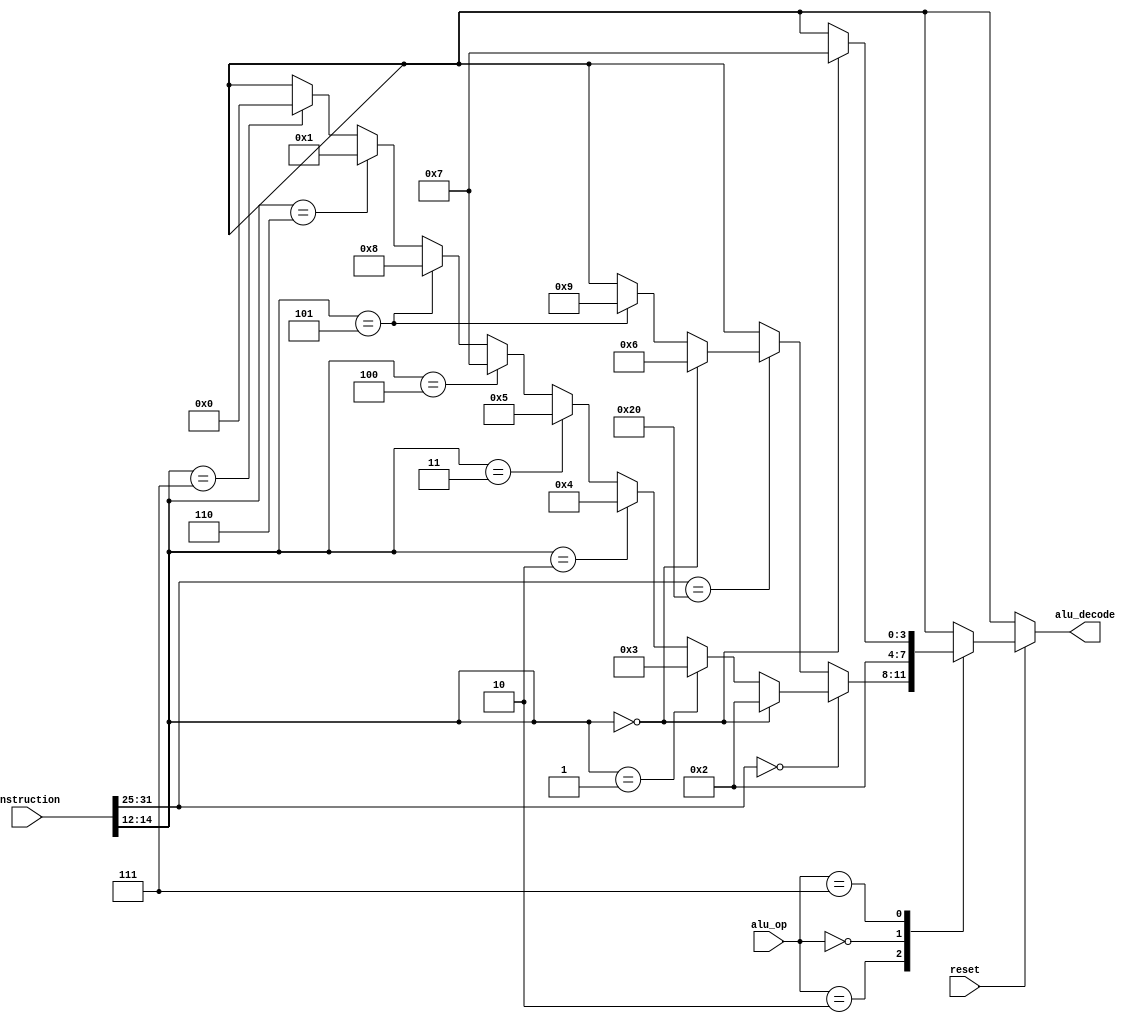
`timescale 1ns / 1ps
//////////////////////////////////////////////////////////////////////////////////
// Company: 
// Engineer: 
// 
// Design Name: 
// Module Name:    alu_control 
// Project Name: 
// Target Devices: 
// Tool versions: 
// Description: 
//
// Dependencies: 
//
// Revision: 
// Revision 0.01 - File Created
// Additional Comments: 
//
//////////////////////////////////////////////////////////////////////////////////
// Generated by MyHDL 0.11


`timescale 1ns/10ps

module alu_control (
    reset,
    instruction,
    alu_op,
    alu_decode
);

input reset;
input [31:0] instruction;
input [3:0] alu_op;
output [3:0] alu_decode;
reg [3:0] alu_decode1;




always @(instruction,reset,alu_op) begin: ALU_CONTROL_ALUCONT
    if ((reset == 1)) begin
        case (alu_op)
            'h2: begin
                if ((instruction[32-1:25] == 0)) begin
                    if ((instruction[15-1:12] == 0)) begin
                        alu_decode1 <= 2;
                    end
                    else if ((instruction[15-1:12] == 1)) begin
                        alu_decode1 <= 3;
                    end
                    else if ((instruction[15-1:12] == 2)) begin
                        alu_decode1 <= 4;
                    end
                    else if ((instruction[15-1:12] == 3)) begin
                        alu_decode1 <= 5;
                    end
                    else if ((instruction[15-1:12] == 4)) begin
                        alu_decode1<=7;
                    end
                    else if ((instruction[15-1:12] == 5)) begin
                        alu_decode1 <= 8;
                    end
                    else if ((instruction[15-1:12] == 6)) begin
                        alu_decode1 <= 1;
                    end
                    else if ((instruction[15-1:12] == 7)) begin
                        alu_decode1 <= 0;
                    end
                    //
                    else
                        alu_decode1<=4'bX;
                    //
                end
                else if ((instruction[32-1:25] == 32)) begin
                    if ((instruction[15-1:12] == 0)) begin
                        alu_decode1 <= 6;
                    end
                    else if ((instruction[15-1:12] == 5)) begin
                        alu_decode1 <= 9;
                    end
                    else
                        alu_decode1<=4'bX;
                end
                //
                else
                    alu_decode1<=4'bx;
                //
            end
            'h0: begin
                alu_decode1 <= 2;
            end
            'h7: begin
                if ((instruction[15-1:12] == 0)) begin
                    alu_decode1 <= 7;
                end
                //
                else
                    alu_decode1<=4'bX;
                //
            end
            default: 
                alu_decode1<=4'bX;
        endcase
    end
    //
    else 
        alu_decode1<=4'bX;
    //
end
assign alu_decode=alu_decode1;
endmodule